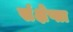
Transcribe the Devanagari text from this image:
संक्षेप्ता